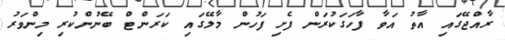
ރާއްޖޭގައި އާތު އަވާ ފާހަގަކުރަން ފެށި ފަހުން މާލޭގައި ކަރަންޓް ބޭނުންކުރި މިންވަރު